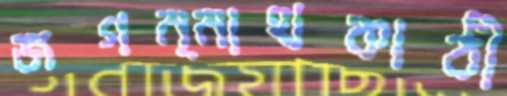
জগন্নাথকাঠী